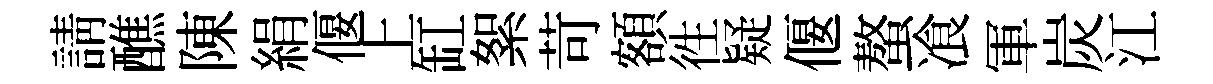
請醮陳絹偃上缸絮苛額徃疑偃螯飡軍炭江